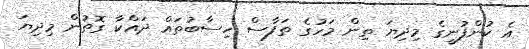
އެ ކުންފުނީގެ މިދިޔަ ތިން މަހުގެ ތަފާސް ހިސާބުތައް ދައްކާ ގޮތުން މިދިޔަ